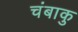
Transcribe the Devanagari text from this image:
चंबाकु